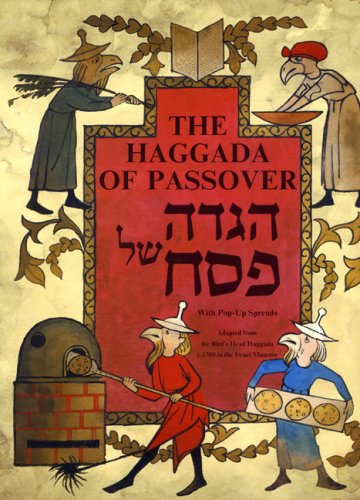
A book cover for The Bird's Head Haggada: Passover Fun for the Entire Family (Hebrew and English Edition); Religion & Spirituality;